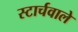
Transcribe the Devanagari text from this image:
स्टार्चवाले